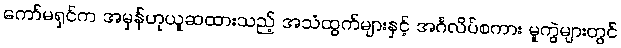
ကော်မရှင်က အမှန်ဟုယူဆထားသည့် အသံထွက်များနှင့် အင်္ဂလိပ်စကား မူကွဲများတွင်